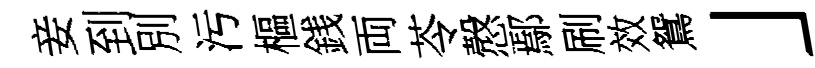
妾到別污樞銭両苓慤鄢刷效鴛」